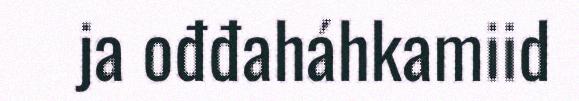
ja ođđaháhkamiid